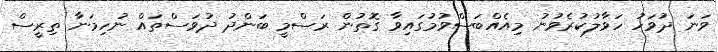
ވަނަ ދުވަހު ހަވާލުކުރެވުނު މިއެއްބަސްވުމުގައިވާ ގޮތުން ރަސްމީ ބަންދު ދުވަސްތައް ނުހިމަނާ ތިރީސް